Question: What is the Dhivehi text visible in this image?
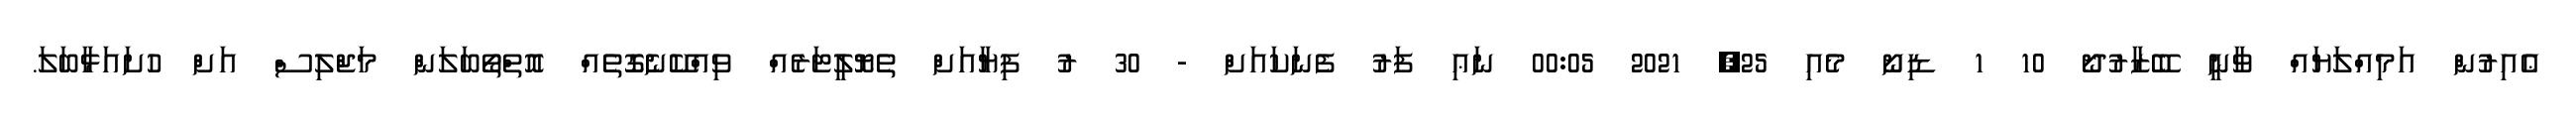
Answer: ޢެއިރުން އަމިއްލަޔައް ވާނީ ބޭޒާރުދޯ 10 1 ޑިނޯ މެއި 25, 2021 00:05 ނަޢި ފަރު ފެނަކައަށް - 30 ރު ފިޔާއަށް ތެޔޮލީޓަރެއް ވިއްކޭނެގޮތެއް އޮތްތޯބަލަން މަޖްލިސް އަށް ހުށައަޅާބަލަ.